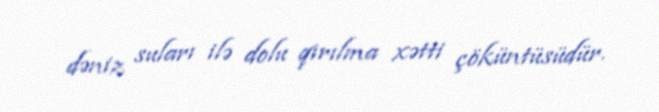
dəniz suları ilə dolu qırılma xətti çöküntüsüdür.